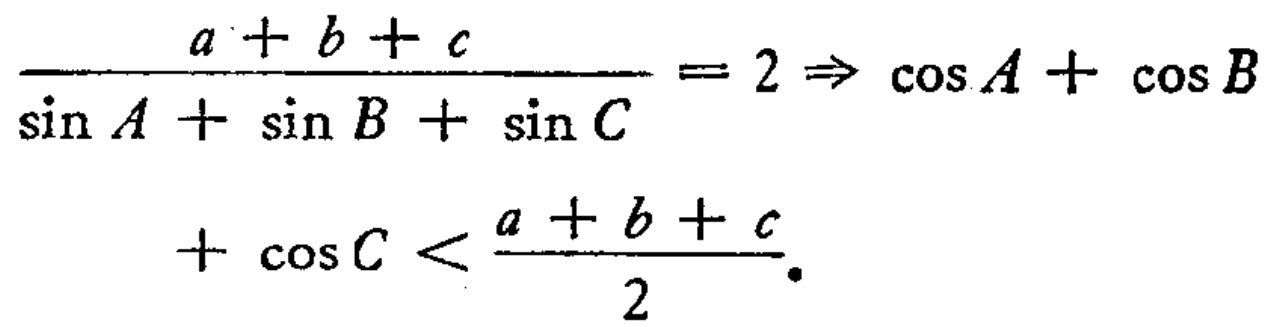
\[\frac{a + b + c}{\sin A + \sin B + \sin C}=2\Rightarrow \cos A+\cos B+\cos C<\frac{a + b + c}{2}.\]